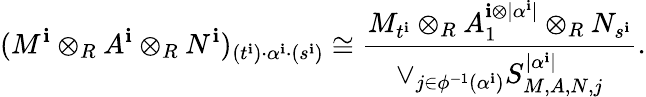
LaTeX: (M^{\mathbf{i}}\otimes_{R}A^{\mathbf{i}}\otimes_{R}N^{\mathbf{i}})_{(t^{\mathbf{i}})\cdot\alpha^{\mathbf{i}}\cdot(s^{\mathbf{i}})}\cong\frac{{M_{t^{\mathbf{i}}}\otimes_{R}A_{1}^{\mathbf{i}\otimes|\alpha^{\mathbf{i}}|}\otimes_{R}N_{s^{\mathbf{i}}}}}{{\vee_{j\in\phi^{-1}(\alpha^{\mathbf{i}})}S_{M,A,N,j}^{|\alpha^{\mathbf{i}}|}}}.